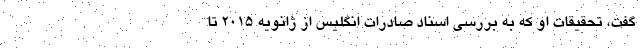
گفت، تحقیقات او که به بررسی اسناد صادرات انگلیس از ژانویه ۲۰۱۵ تا